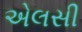
એલસી